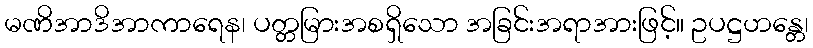
မဏိအာဒိအာကာရေန၊ ပတ္တမြားအစရှိသော အခြင်းအရာအားဖြင့်။ ဥပဋ္ဌဟန္တေ၊